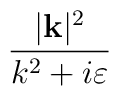
\frac{|\mathbf{k}|^{2}}{k^{2}+i\varepsilon }